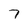
Character: 7